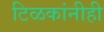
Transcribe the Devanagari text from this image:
टिळकांनीही